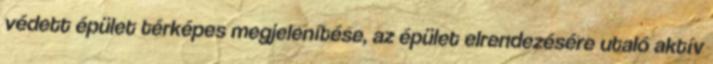
védett épület térképes megjelenítése, az épület elrendezésére utaló aktív